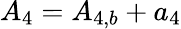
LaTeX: {A_{4}}={A_{4,b}}+{a_{4}}